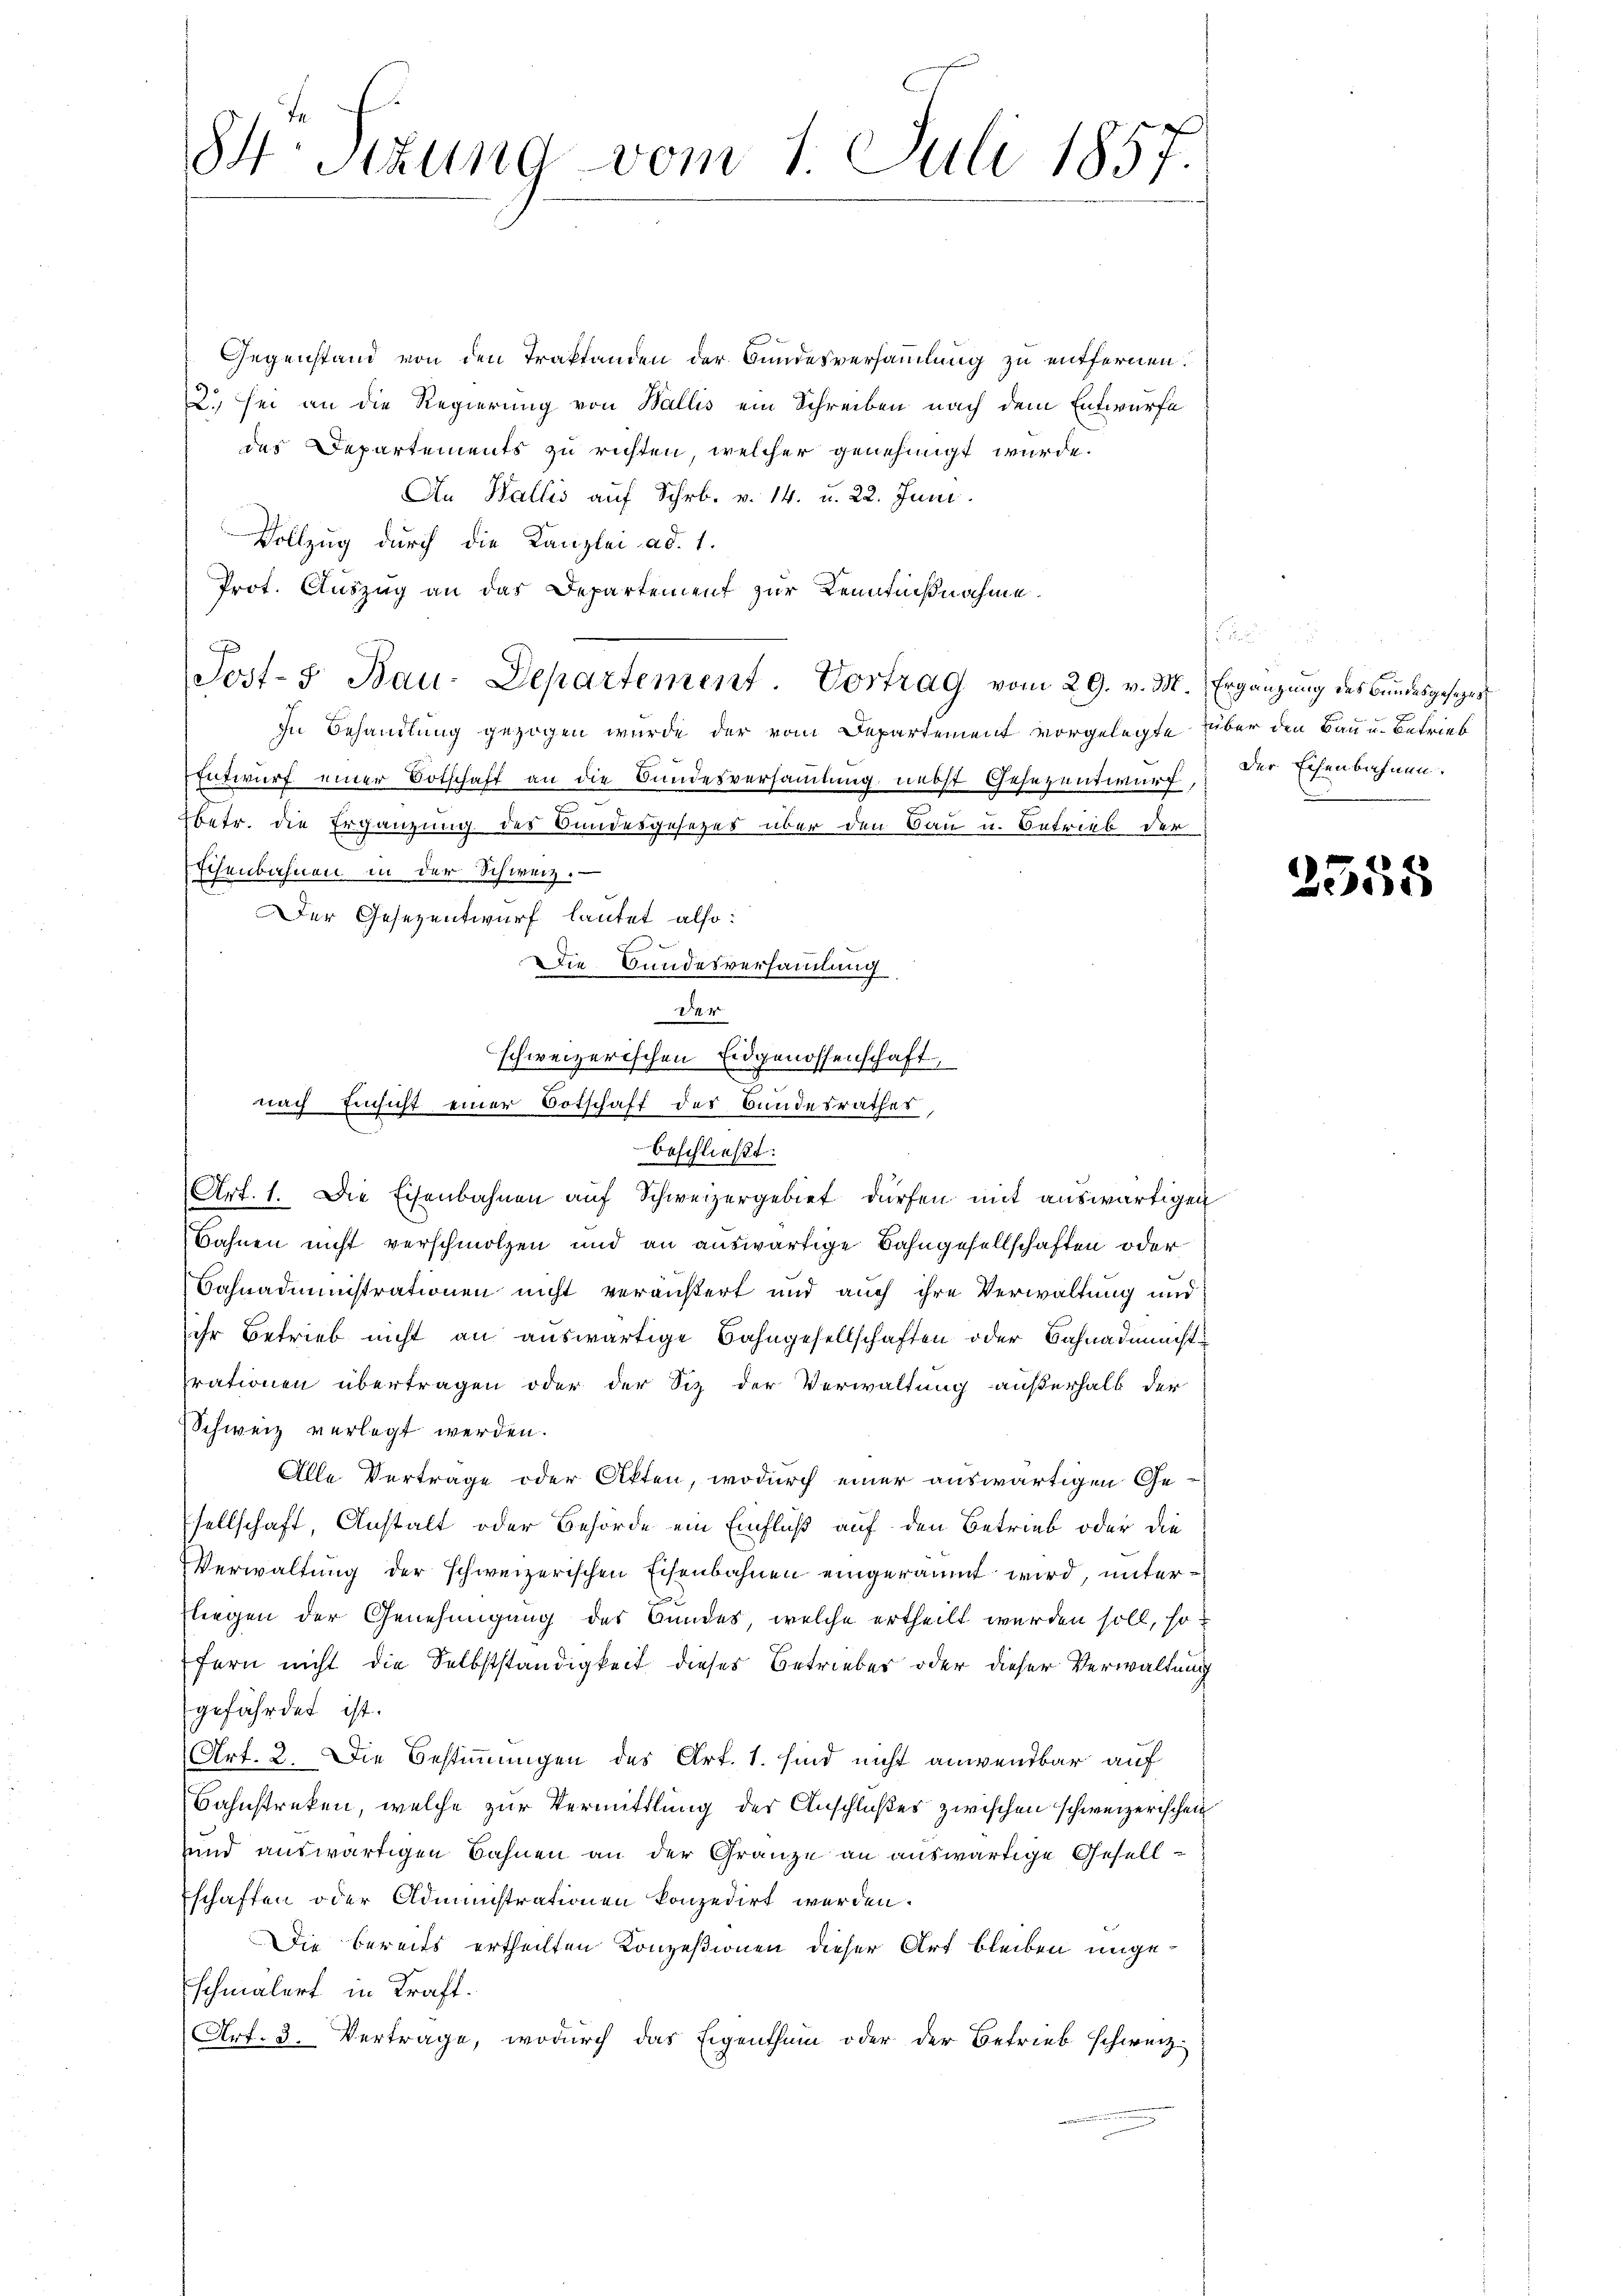
84. Sitzung vom 1. Juli 1857.

Gegenstand von den Traktanden der Bundesversammlung zu entfernen.
2., sei an die Regierung von Wallis ein Schreiben nach dem Entwurfe
das Departements zu richten, welcher genehmigt wurde.
An Wallis auf Schr. v. 14. u. 22. Juni.
Vollzug durch die Kanzlei ad. 1.
Prot. Auszug an das Departement zur Kenntnißnahme.
Jost- Bau-Departement. Vortrag vom 29. v. M. Ergänzung des Bundesgesezes
In Behandlung gezogen wurde der vom Departement vorgelegte über den Bau u. Betrieb
Entwurf einer Botschaft an die Bundesversammlung nebst Gesezentwurf,
Ebetr. die Ergänzung des Bundesgesetzes über den Bau u. Betrieb der
Echenbahnen in der Schweiz.
er Gesezentwurf lautet also:
beschließt:
Art. 1. Die Eisenbahnen auf Schweizergebiet dürfen mit auswärtigen
Bahnen nicht verschmolzen und an auswärtige Bahngesellschaften oder
Bahnadministrationen nicht veräußert und auch ihre Verwaltung und
ihr Betrieb nicht an auswärtige Bahngesellschaften oder Bahnadmacht
rationen übertragen oder der Sitz der Verwaltung außerhalb der
Schweiz verlegt werden.
Alle Verträge oder Akten, wodurch einer auswärtigen Gesellschaft, Anstalt oder Behörde ein Einfluß auf den Betrieb oder die
Verwaltung der schweizerischen Eisenbahnen eingeräumt wird, unterliegen der Genehmigung des Bundes, welche ertheilt werden soll, so
fern nicht die Selbstständigkeit dieses Betrieber oder dieser Verwaltung
gefährdet ist.
Art. 2. Die Bestimmungen des Art. 1. sind nicht anwendbar auf
Bahnstreken, welche zur Vermittlung der Anschlußes zwischen schweizerischen
und auswärtigen Bahnen an der Gränze an auswärtige Gesellschaften oder Administrationen konzedirt werden.
Die bereits ertheilten Konzesionen dieser Art bleiben angeschmälert in Kraft.
Art. 3. Vertrage, wodurch das Eigenthum oder der Betrieb schweiz.

DDie Bundesversammlung
S. 1
schweizerischen Eidgenossenschaft,
nach Einsicht einer Botschaft des Bundesrathes,

Der Eisenbahnen.

2555